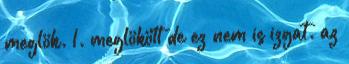
meglök. 1. meglökött de ez nem is izgat. az